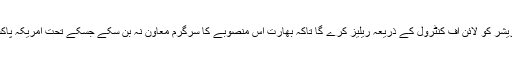
بعض مبصرین کا خیال ہے کہ اگر ڈیورینڈ لائن پر امریکی دباؤ بڑھ گیا تو پاکستان اس پریشر کو لائن آف کنٹرول کے ذریعہ ریلیز کرے گا تاکہ بھارت اُس منصوبے کا سرگرم معاون نہ بن سکے جسکے تحت امریکہ پاکستان کو کنارے کرکے افغانستان میں اپنے دفاعی اور معاشی اہداف حاصل کرنا چاہتا ہے۔